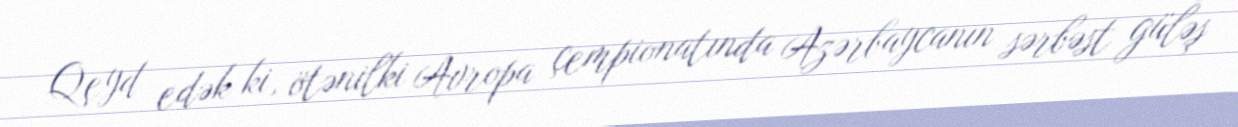
Qeyd edək ki, ötənilki Avropa çempionatında Azərbaycanın sərbəst güləş